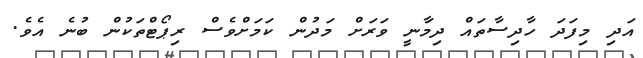
އަދި މިފަދަ ހާދިސާތައް ދިމާަނީ ވަރަށް މަދުން ކަމަށްވެސް ރިޕޯޓްތަކުން ބުނެ އެވެ.